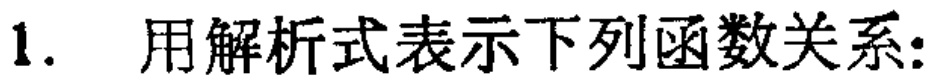
1. 用解析式表示下列函数关系：